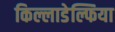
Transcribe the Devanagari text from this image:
किल्लाडेल्फिया